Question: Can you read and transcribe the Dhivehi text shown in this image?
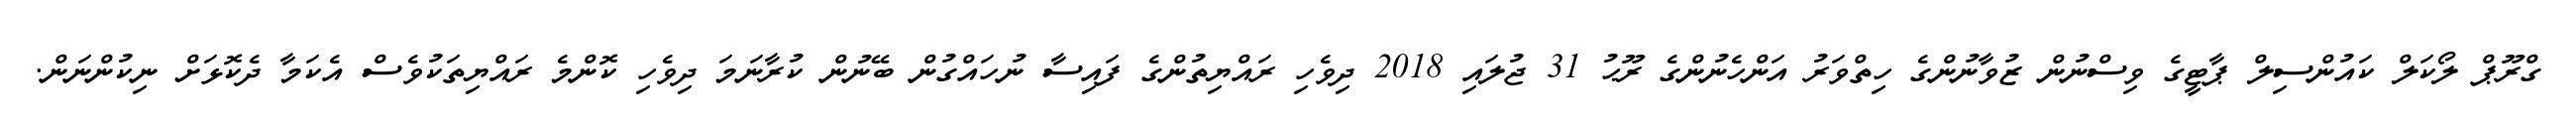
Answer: ގްރޫޕް ލޯކަލް ކައުންސިލް ޕާޓީގެ ވިސްނުން ޒުވާނުންގެ ހިތްވަރު އަންހެނުންގެ ރޫޙު 31 ޖުލައި 2018 ދިވެހި ރައްޔިތުންގެ ފައިސާ ނުހައްގުން ބޭނުން ކުރާނަމަ ދިވެހި ކޮންމެ ރައްޔިތަކުވެސް އެކަމާ ދެކޮޅަށް ނިކުންނަން.